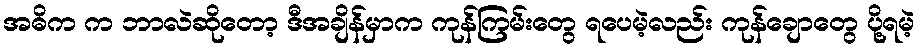
အဓိက က ဘာလဲဆိုတော့ ဒီအချိန်မှာက ကုန်ကြမ်းတွေ ရပေမဲ့လည်း ကုန်ချောတွေ ပို့ရမဲ့